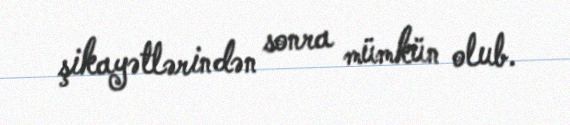
şikayətlərindən sonra mümkün olub.